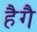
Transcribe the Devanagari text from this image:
हैगै